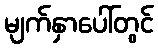
မျက်နှာပေါ်တွင်